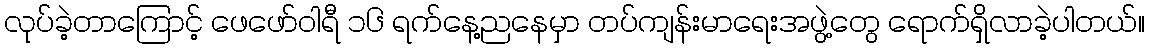
လုပ်ခဲ့တာကြောင့် ဖေဖော်ဝါရီ ၁၆ ရက်နေ့ညနေမှာ တပ်ကျန်းမာရေးအဖွဲ့တွေ ရောက်ရှိလာခဲ့ပါတယ်။